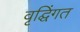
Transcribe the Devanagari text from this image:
वृद्घिंगत